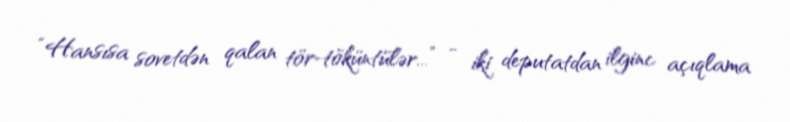
“Hansısa sovetdən qalan tör-töküntülər...” - iki deputatdan ilginc açıqlama